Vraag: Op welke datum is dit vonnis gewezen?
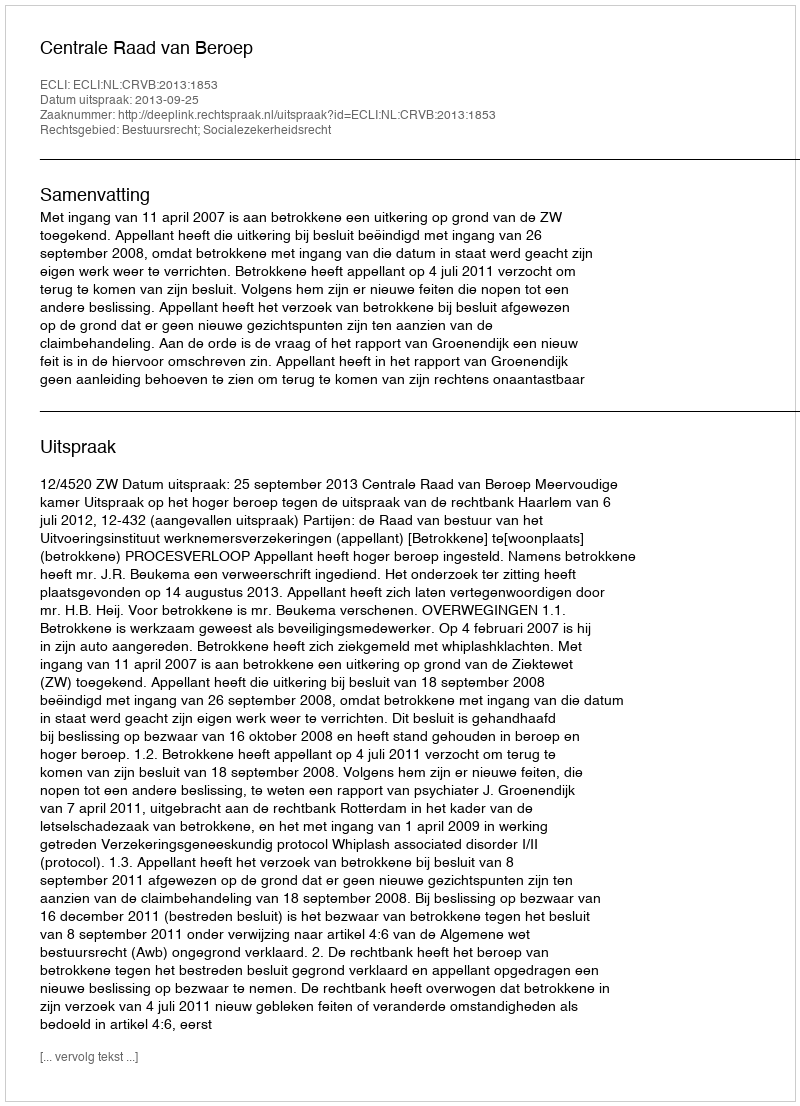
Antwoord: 2013-09-25